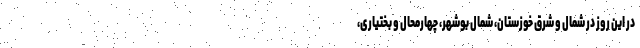
در این روز در شمال و شرق خوزستان، شمال بوشهر، چهارمحال و بختیاری،